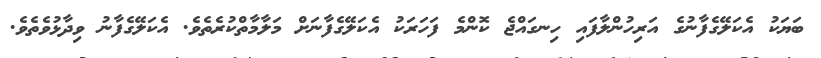
ބަޔަކު އެކަލޭގެފާނުގެ އަރިހުންލާފައި ހިނގައްޖެ ކޮންމެ ފަހަރަކު އެކަލޭގެފާނަށް މަލާމާތްކުރެތެވެ. އެކަލޭގެފާނު ވިދާޅުވެތެވެ.